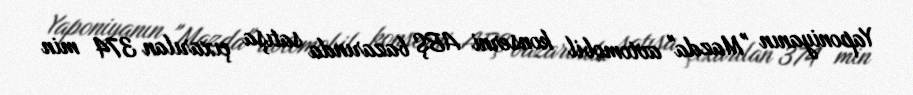
Yaponiyanın "Mazda" avtomobil konserni ABŞ bazarında satışa çıxarılan 374 min